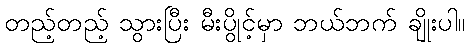
တည့်တည့် သွားပြီး မီးပွိုင့်မှာ ဘယ်ဘက် ချိုးပါ။